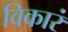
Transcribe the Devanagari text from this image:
विकारं